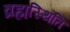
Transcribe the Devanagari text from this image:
व्रह्मस्थिति